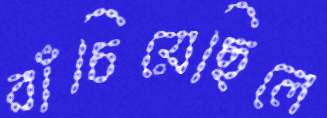
বাঁচিয়েছিলে